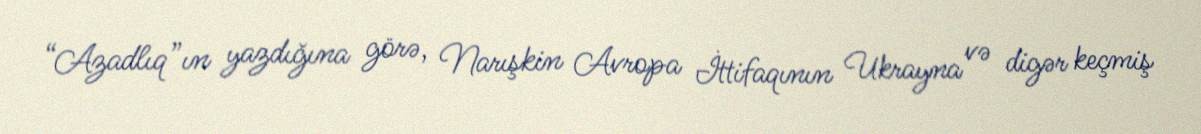
“Azadlıq”ın yazdığına görə, Narışkin Avropa İttifaqının Ukrayna və digər keçmiş